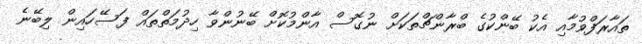
ތައާރަފްވުމާއި އެކު ބޭންކުގެ ބްރާންޗްތަކަށް ނުގޮސް އާންމުކޮށް ބޭނުންވާ ހިދުމަތްތައް ފަސޭހައިން ލިބޭނެ